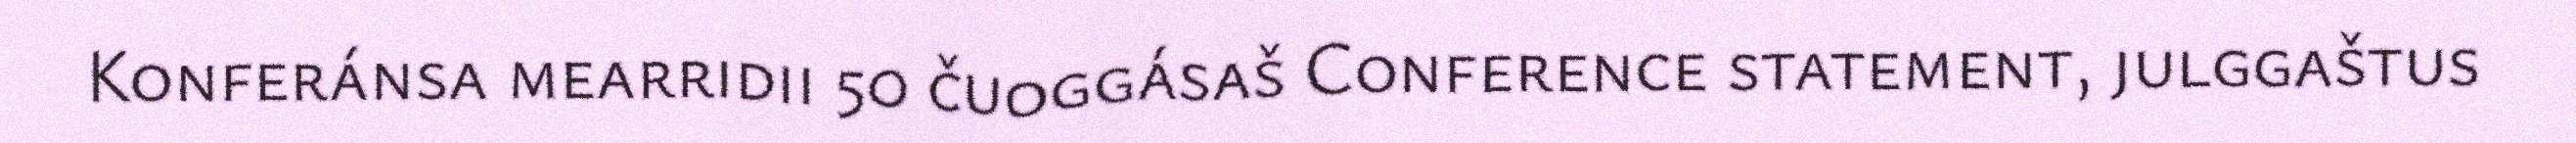
Konferánsa mearridii 50 čuoggásaš Conference statement, julggaštus